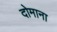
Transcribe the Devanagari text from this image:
दोमाना